Tezpur Lunatic Asylum reports 1877-1894 - 1877-1894
Year: 1877
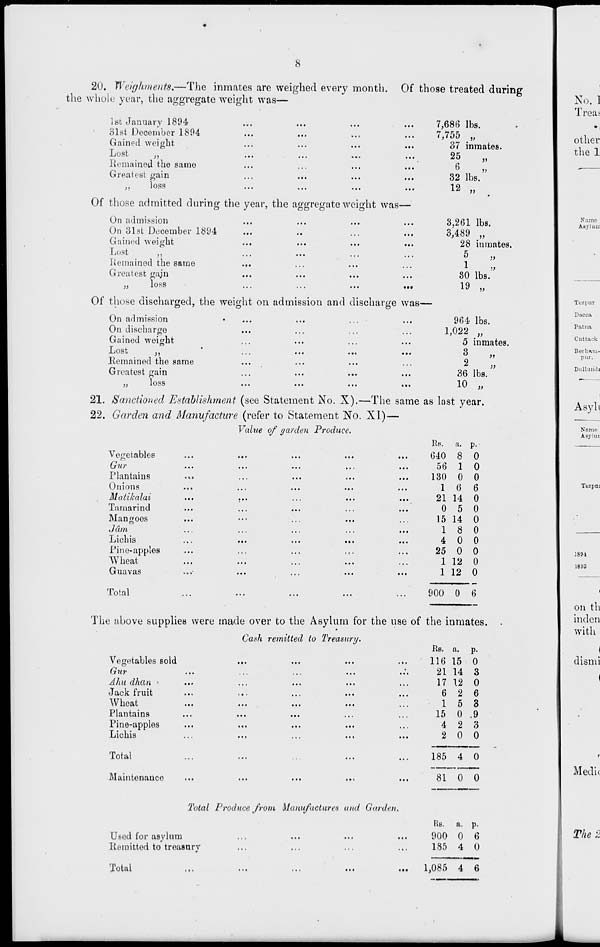
8
20. Wcighments.—The inmates are weighed every month. Of those treated during
the whole year, the aggregate weight was—
1st January 1894
81st December 1894
Gained weight
Lost
,,
Remained the same
Greatest gain
„
loss
Of those admitted during the year, the aggregate weight was-
On admission
On 31st December 1894
Gained weight
Lost
,,
Remained the same
Greatest gajn
,,
loss
Of those discharged, the weight on admission and discharge
On admission
•
...
On discharge
Gained weight
Remained the same
Greatest gain
y \
103S
•»•
•••
t t *
7,68(3 lbs.
7,755 „
37 inmates.
25
6
32 lbs.
12 „
3,261 lbs.
3,489 „
28 inmates.
5
1
80 lbs.
19 »
was-
•■ •
964 lbs.
1,022 „
5 inmates.
3
2
36 lbs.
10 „
»
21. Sanctioned Establishment (see Statement No. X).—The same as last year.
22. Garden and Manufacture (refer to Statement No. XI)—
Value of garden Produce.
Vegetables
...
Gur
...
Plantains
»»•
Onions
...
Matikalai
...
Tamarind
...
Mangoes
...
Jam
Lichis
Pine-apples
...
Wheat
...
Guavas
...■
Total
Re. a. p.
640 8 0
56 1 0
130 0 0
1 6 6
21 14 0
0 5 0
15 14 0
1 8 0
4 0 0
25 0 0
1 12 0
1 12 0
900 0 6
Tezpur
Dacca
Put lift
Cnttaok
1801
1893
The above supplies were made over to the Asylum for the use of the inmates.
Cash remitted to Treasury.
Vegetables sold
Gur
Ahu dhan •
Jack fruit
Wheat
Plantains
Pine-apples
Lichis
Total
Maintenance
. i •
Total Produce from Manufactures and Garden.
Used for asylum
Remitted to treasury
Total
KB. a. p.
116 15 0
21 14 3
17 12 0
6 2 6
15 3
15 0 .9
4 2 3
2 0 0
• a .
185 4 0
...
81 0 0
• • •
Rs.
900
185
a.
0
4
P-
6
0
>••
1,085 4 6
Medi